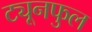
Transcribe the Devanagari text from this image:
ट्यूनफुल